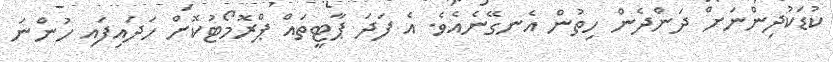
ކުޑަކުދިންނަށް ދަންދެން ހިތުން އެނގޭނެއެވެ. އެ ފަދަ ޕާޓީތައް ޕްރޮމޯޓުކޮށް ހަދައިފައި ހުންނަ